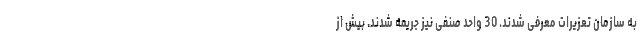
به سازمان تعزیرات معرفی شدند. 30 واحد صنفی نیز جریمه شدند. بیش از